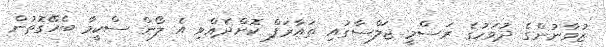
ޒުވާނުންގެ ދުވަހުގެ ރަސްމީ ޖަލްސާގައި ތައާރަފް ކޮށްދެއްވި އެ ލޯން ސްކީމާ ބެހޭގޮތުން